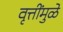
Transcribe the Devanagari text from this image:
वृत्तींमुळे